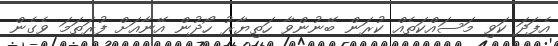
އެފަދަ ކަވި މަސައްކަތެއް ކުރަން ބޭނުންވާ ހަތިޔާރު ހޯދުން އޭނާއަށް ފުރަތަމަ ވެގެން